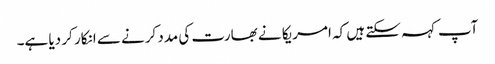
آپ کہہ سکتے ہیں کہ امریکا نے بھارت کی مدد کرنے سے انکار کر دیا ہے۔